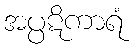
အပ္ပဋိကာရံ